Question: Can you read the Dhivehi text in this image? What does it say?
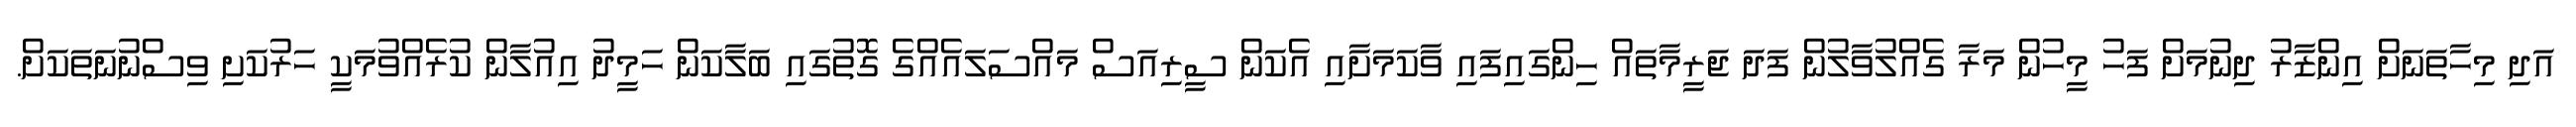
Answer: އަދި މިހާތަނަށް އިންޒާރު ދިނުމަށް ފަހު މީހުން މަރާ ގެއްލުވާލުން ފަދަ ޖަރީމާތައް ހިންގައިފައި ވާކަމަށާއި އެކަން ސީރިއަސް މައްސަލައެއްގެ ގޮތުގައި ބަލާކަން ހަމީދު އިއުލާން ކުރެއްވުމަކީ ހަރުކަށި ވިސްނުނަތަކަށް.